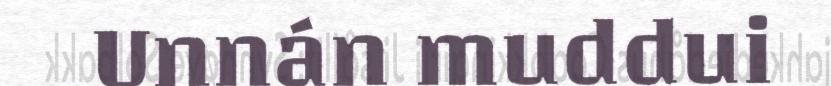
Unnán muddui